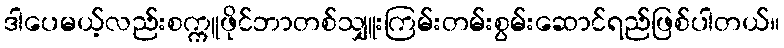
ဒါပေမယ့်လည်းစက္ကူဖိုင်ဘာတစ်သျှူးကြမ်းတမ်းစွမ်းဆောင်ရည်ဖြစ်ပါတယ်။